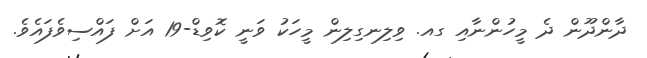
ދާންދޫން ދެ މީހުންނާއި ގއ. ވިލިނގިލިން މީހަކު ވަނީ ކޮވިޑް-19 އަށް ފައްސިވެފައެވެ.